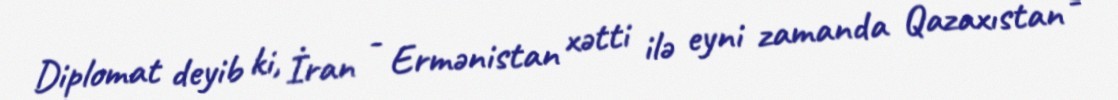
Diplomat deyib ki, İran - Ermənistan xətti ilə eyni zamanda Qazaxıstan -